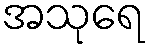
အသုရေ